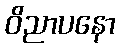
ဝိညာပနော